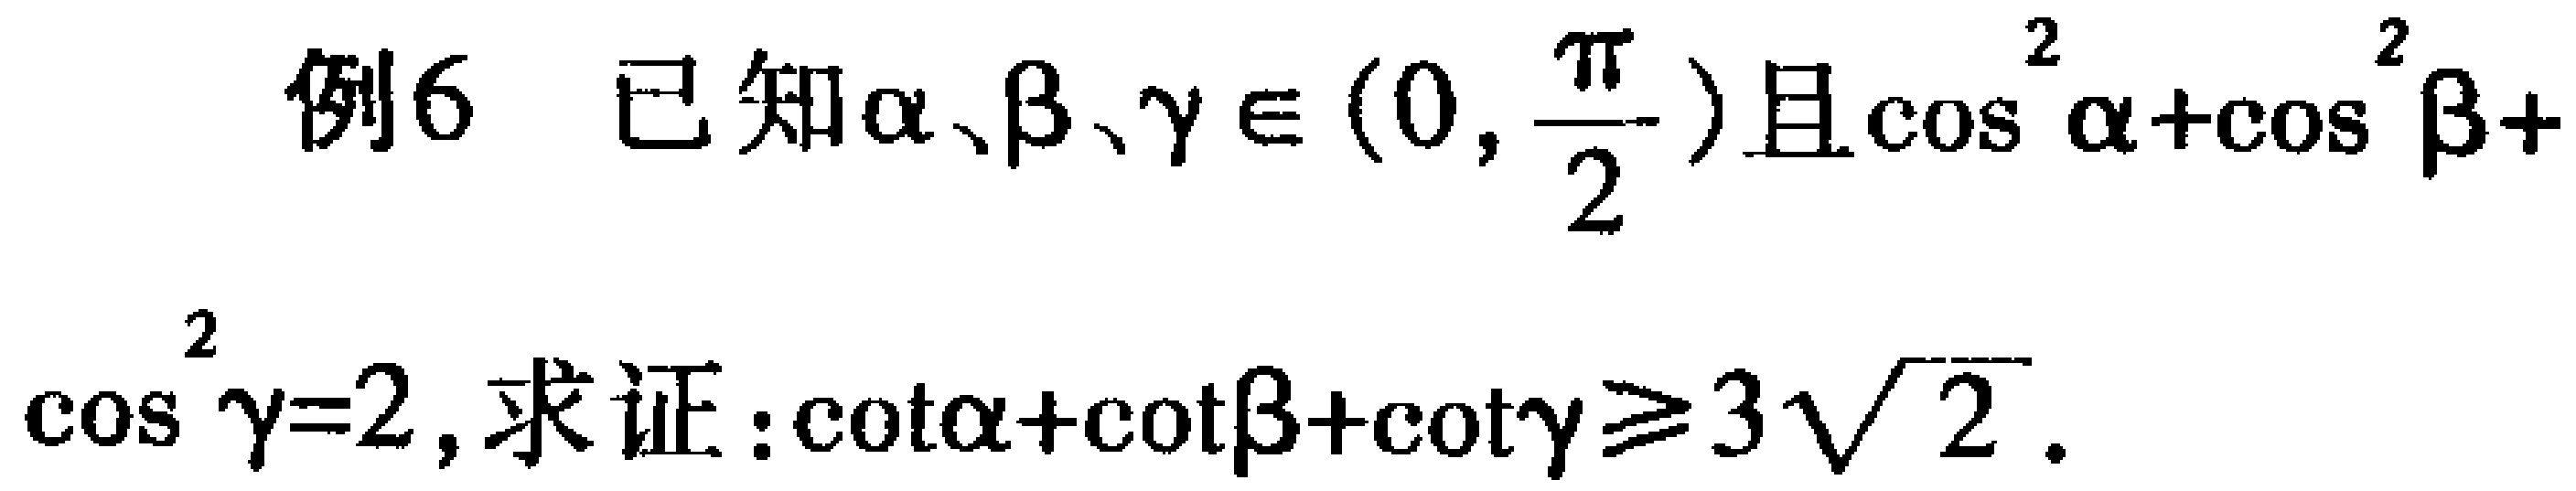
例6 已知\(\alpha、\beta、\gamma\in(0,\frac{\pi}{2})\)且\(\cos^{2}\alpha+\cos^{2}\beta+\cos^{2}\gamma = 2\)，求证：\(\cot\alpha+\cot\beta+\cot\gamma\geqslant3\sqrt{2}\)。